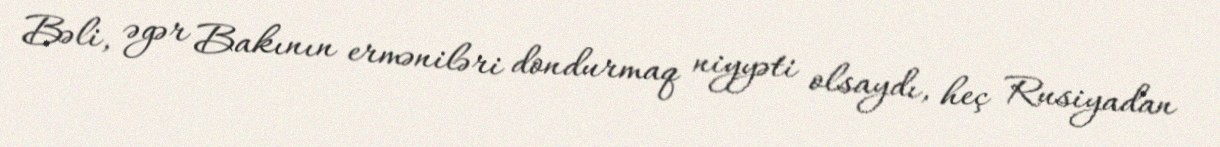
Bəli, əgər Bakının erməniləri dondurmaq niyyəti olsaydı, heç Rusiyadan